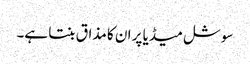
سوشل میڈیا پر ان کا مذاق بنتا ہے۔